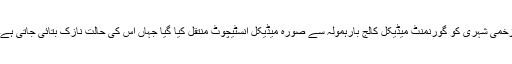
زخمی شہری کو گورنمنٹ میڈیکل کالج بارہمولہ سے صورہ میڈیکل انسٹیچوٹ منتقل کیا گیا جہاں اْس کی حالت نازک بتائی جاتی ہے۔